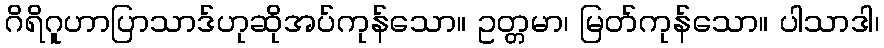
ဂိရိဂူဟာပြာသာဒ်ဟုဆိုအပ်ကုန်သော။ ဥတ္တမာ၊ မြတ်ကုန်သော။ ပါသာဒါ၊